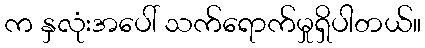
က နှလုံးအပေါ် သက်ရောက်မှုရှိပါတယ်။